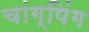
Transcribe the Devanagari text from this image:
चांग्पिंग